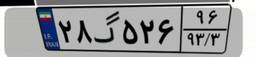
۳۷گ۳۱۹۰۵